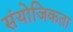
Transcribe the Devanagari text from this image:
संयोजिकता